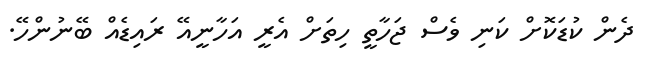
ދެން ކުޑަކޮށް ކަނި ވެސް ޖަހާތީ ހިތަށް އެރީ އަހާނީއޭ ރައިޑެއް ބޭނުންހޭ.